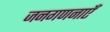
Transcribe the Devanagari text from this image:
जनगणनाएँ